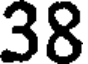
38